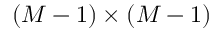
\left( M - 1 \right) \times \left( M - 1 \right)